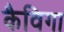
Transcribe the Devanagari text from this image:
कैविगा